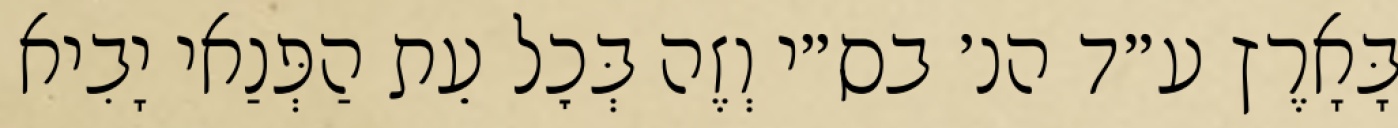
בָּאָרֶץ ע״ד הנ׳ בס״י וְזֶה בְּכׇל עֵת הַפְּנַאי יָבִיא